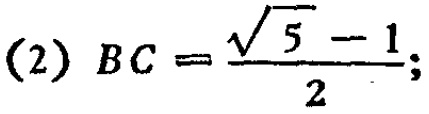
(2) \(BC = \frac{\sqrt{5} - 1}{2}\);